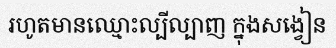
រហូតមានឈ្មោះល្បីល្បាញ ក្នុងសង្វៀន